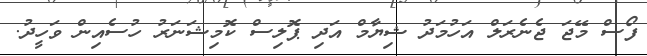
ފޯސް މޭޖަ ޖެނެރަލް އަހުމަދު ޝިޔާމް އަދި ޕޮލިސް ކޮމިޝަނަރު ހުސެއިން ވަހީދު.